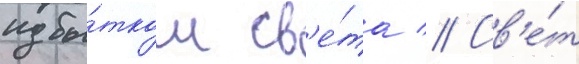
избы́тком св'е́та // Св'е́т